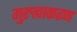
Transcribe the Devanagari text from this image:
गुरुत्वाकरण